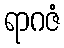
ရာဂဇံ